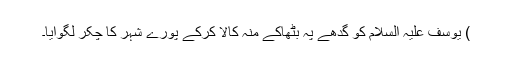
) یوسف علیہ السلام کو گدھے پہ بٹھاکے منہ کالا کرکے پورے شہر کا چکر لگوایا۔